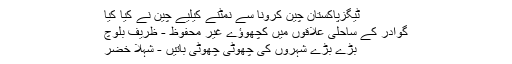
ٹیگزپاکستان چین کرونا سے نمٹنے کیلیے چین نے کیا کیا
گوادر کے ساحلی علاقوں میں کچھوؤے غیر محفوظ - ظریف بلوچ
بڑے بڑے شہروں کی چھوٹی چھوٹی باتیں - شہلا خضر